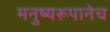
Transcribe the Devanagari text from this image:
मनुष्यरूपानेच